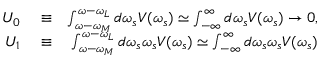
\begin{array} { r l r } { U _ { 0 } } & { { } \equiv } & { \int _ { \omega - \omega _ { M } } ^ { \omega - \omega _ { L } } d \omega _ { s } V ( \omega _ { s } ) \simeq \int _ { - \infty } ^ { \infty } d \omega _ { s } V ( \omega _ { s } ) \rightarrow 0 , } \\ { U _ { 1 } } & { { } \equiv } & { \int _ { \omega - \omega _ { M } } ^ { \omega - \omega _ { L } } d \omega _ { s } \omega _ { s } V ( \omega _ { s } ) \simeq \int _ { - \infty } ^ { \infty } d \omega _ { s } \omega _ { s } V ( \omega _ { s } ) } \end{array}